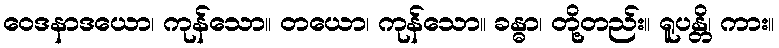
ဝေဒနာဒယော၊ ကုန်သော။ တယော၊ ကုန်သော။ ခန္ဓာ၊ တို့တည်း။ ရူပန္တိ၊ ကား။